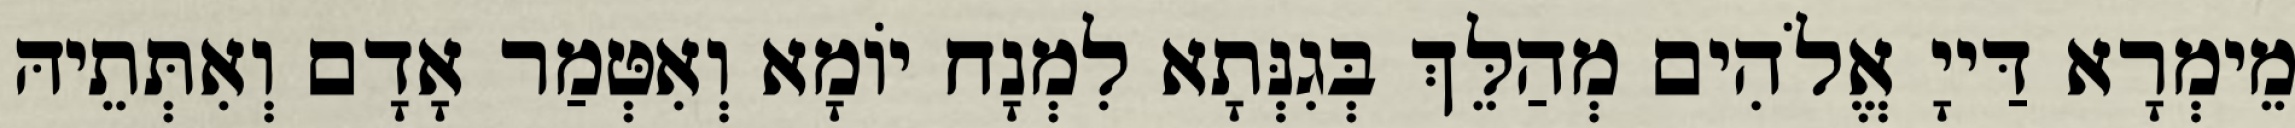
מֵימְרָא דַּייָ אֱלֹהִים מְהַלֵּךְ בְּגִנְּתָא לִמְנָח יוֹמָא וְאִטְּמַר אָדָם וְאִתְּתֵיהּ